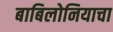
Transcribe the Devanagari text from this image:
बाबिलोनियाचा